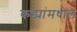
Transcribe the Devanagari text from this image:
कड्यांमधील